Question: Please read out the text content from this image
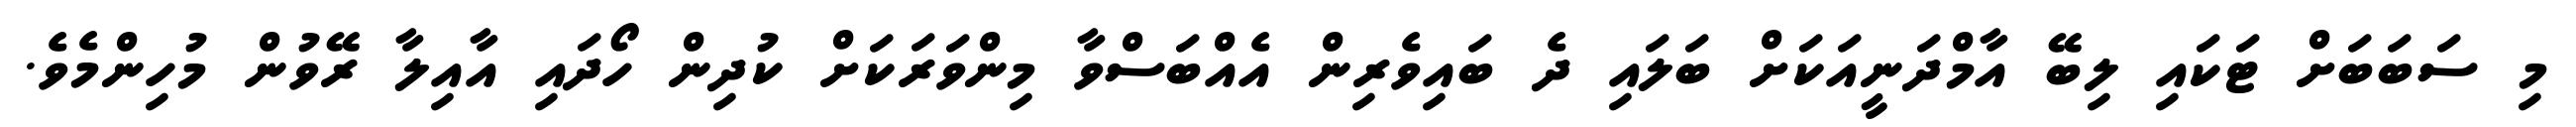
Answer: މި ސަބަބަށް ޓަކައި ލިބޭ އާމްދަނީއަކަށް ބަލައި ދެ ބައިވެރިން އެއްބަސްވާ މިންވަރަކަށް ކުދިން ހޯދައި އާއިލާ ރޭވުން މުހިންމެވެ.